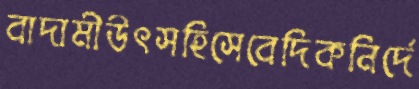
বাদামীউৎসহিসেবেদিকনির্দে